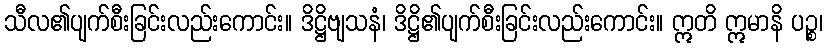
သီလ၏ပျက်စီးခြင်းလည်းကောင်း။ ဒိဋ္ဌိဗျသနံ၊ ဒိဋ္ဌိ၏ပျက်စီးခြင်းလည်းကောင်း။ ဣတိ ဣမာနိ ပဉ္စ၊